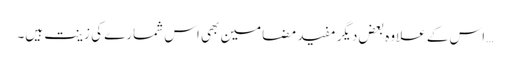
… اس کے علاوہ بعض دیگر مفید مضامین بھی اس شمارے کی زینت ہیں۔